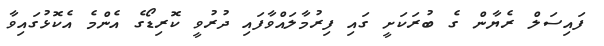
ފައިސަލް ރެޔާން ގެ ބުރަކަށީ ގައި ފިރުމާލައްވާފައި ދުރުވީ ކޮރިޑޯގެ އެންމެ އެކޮޅުގައިވާ